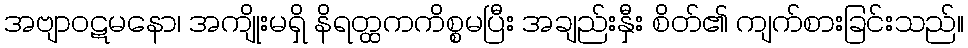
အဗျာဝဋမနော၊ အကျိုးမရှိ နိရတ္ထကကိစ္စမပြီး အချည်းနှီး စိတ်၏ ကျက်စားခြင်းသည်။